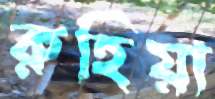
রুহিয়া